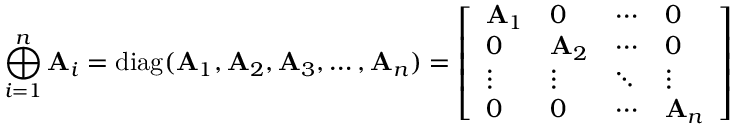
\bigoplus _ { i = 1 } ^ { n } \mathbf { A } _ { i } = \operatorname { d i a g } ( \mathbf { A } _ { 1 } , \mathbf { A } _ { 2 } , \mathbf { A } _ { 3 } , \ldots , \mathbf { A } _ { n } ) = { \left[ \begin{array} { l l l l } { \mathbf { A } _ { 1 } } & { { \boldsymbol { 0 } } } & { \cdots } & { { \boldsymbol { 0 } } } \\ { { \boldsymbol { 0 } } } & { \mathbf { A } _ { 2 } } & { \cdots } & { { \boldsymbol { 0 } } } \\ { \vdots } & { \vdots } & { \ddots } & { \vdots } \\ { { \boldsymbol { 0 } } } & { { \boldsymbol { 0 } } } & { \cdots } & { \mathbf { A } _ { n } } \end{array} \right] } \,